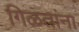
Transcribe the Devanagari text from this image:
गिळतांना